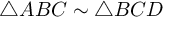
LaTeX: \triangle A B C \sim \triangle B C D